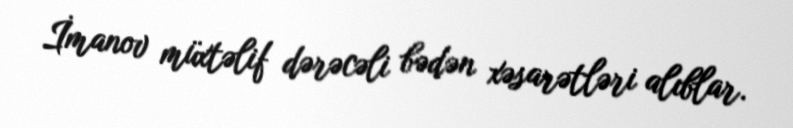
İmanov müxtəlif dərəcəli bədən xəsarətləri alıblar.